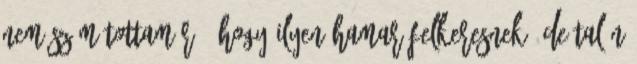
Nem számítottam rá, hogy ilyen hamar felkeresnek, de talán